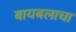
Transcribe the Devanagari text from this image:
बायबलाचा